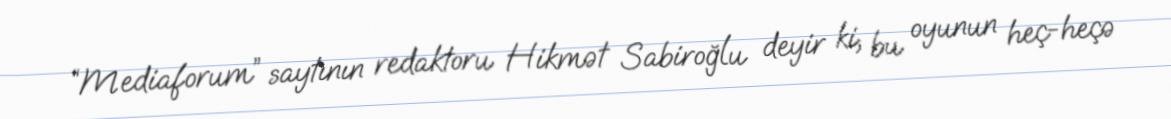
“Mediaforum” saytının redaktoru Hikmət Sabiroğlu deyir ki, bu oyunun heç-heçə